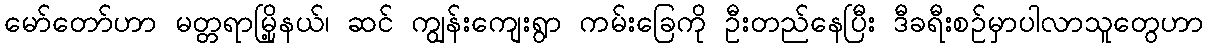
မော်တော်ဟာ မတ္တရာမြို့နယ်၊ ဆင် ကျွန်းကျေးရွာ ကမ်းခြေကို ဦးတည်နေပြီး ဒီခရီးစဉ်မှာပါလာသူတွေဟာ